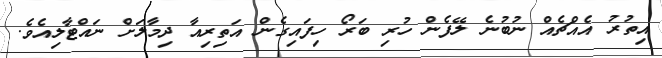
އިތުރު އެއްޗެއް ނުބުނެ ލޭފެން ހުރި ބަރޯ ހިފައިގެން އަތިރިއާ ދިމާލަށް ނައްޓާލިއެވެ.